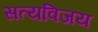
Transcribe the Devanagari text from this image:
सत्यविजय